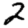
Digit: 2